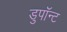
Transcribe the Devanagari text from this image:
डुपॉन्ट